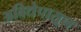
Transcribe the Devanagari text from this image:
अविद्येपासून